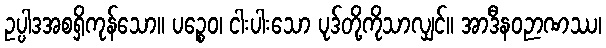
ဥပ္ပါဒအစရှိကုန်သော။ ပဉ္စေဝ၊ ငါးပါးသော ပုဒ်တို့ကိုသာလျှင်။ အာဒီနဝဉာဏဿ၊